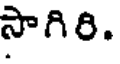
సాగిరి.